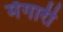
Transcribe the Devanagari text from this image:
मेंगारी